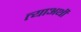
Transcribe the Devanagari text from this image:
त्याअर्थीं